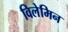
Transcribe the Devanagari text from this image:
विलेमिन